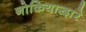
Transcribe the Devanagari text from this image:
नोकियाद्वारे